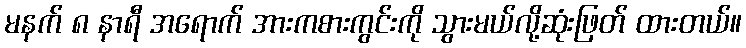
မနက် ၈ နာရီ အရောက် အားကစားကွင်းကို သွားမယ်လို့ဆုံးဖြတ် ထားတယ်။